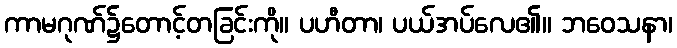
ကာမဂုဏ်၌တောင့်တခြင်းကို။ ပဟီတာ၊ ပယ်အပ်လေ၏။ ဘဝေသနာ၊